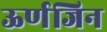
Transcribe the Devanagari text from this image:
ऊर्णजिन